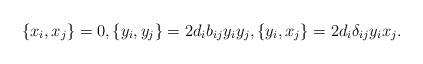
LaTeX: \begin{align*}\{x_i,x_j\}=0,\{y_i,y_j\}=2d_i b_{ij}y_i y_j,\{y_i,x_j\}=2d_i\delta_{ij} y_i x_j.\end{align*}